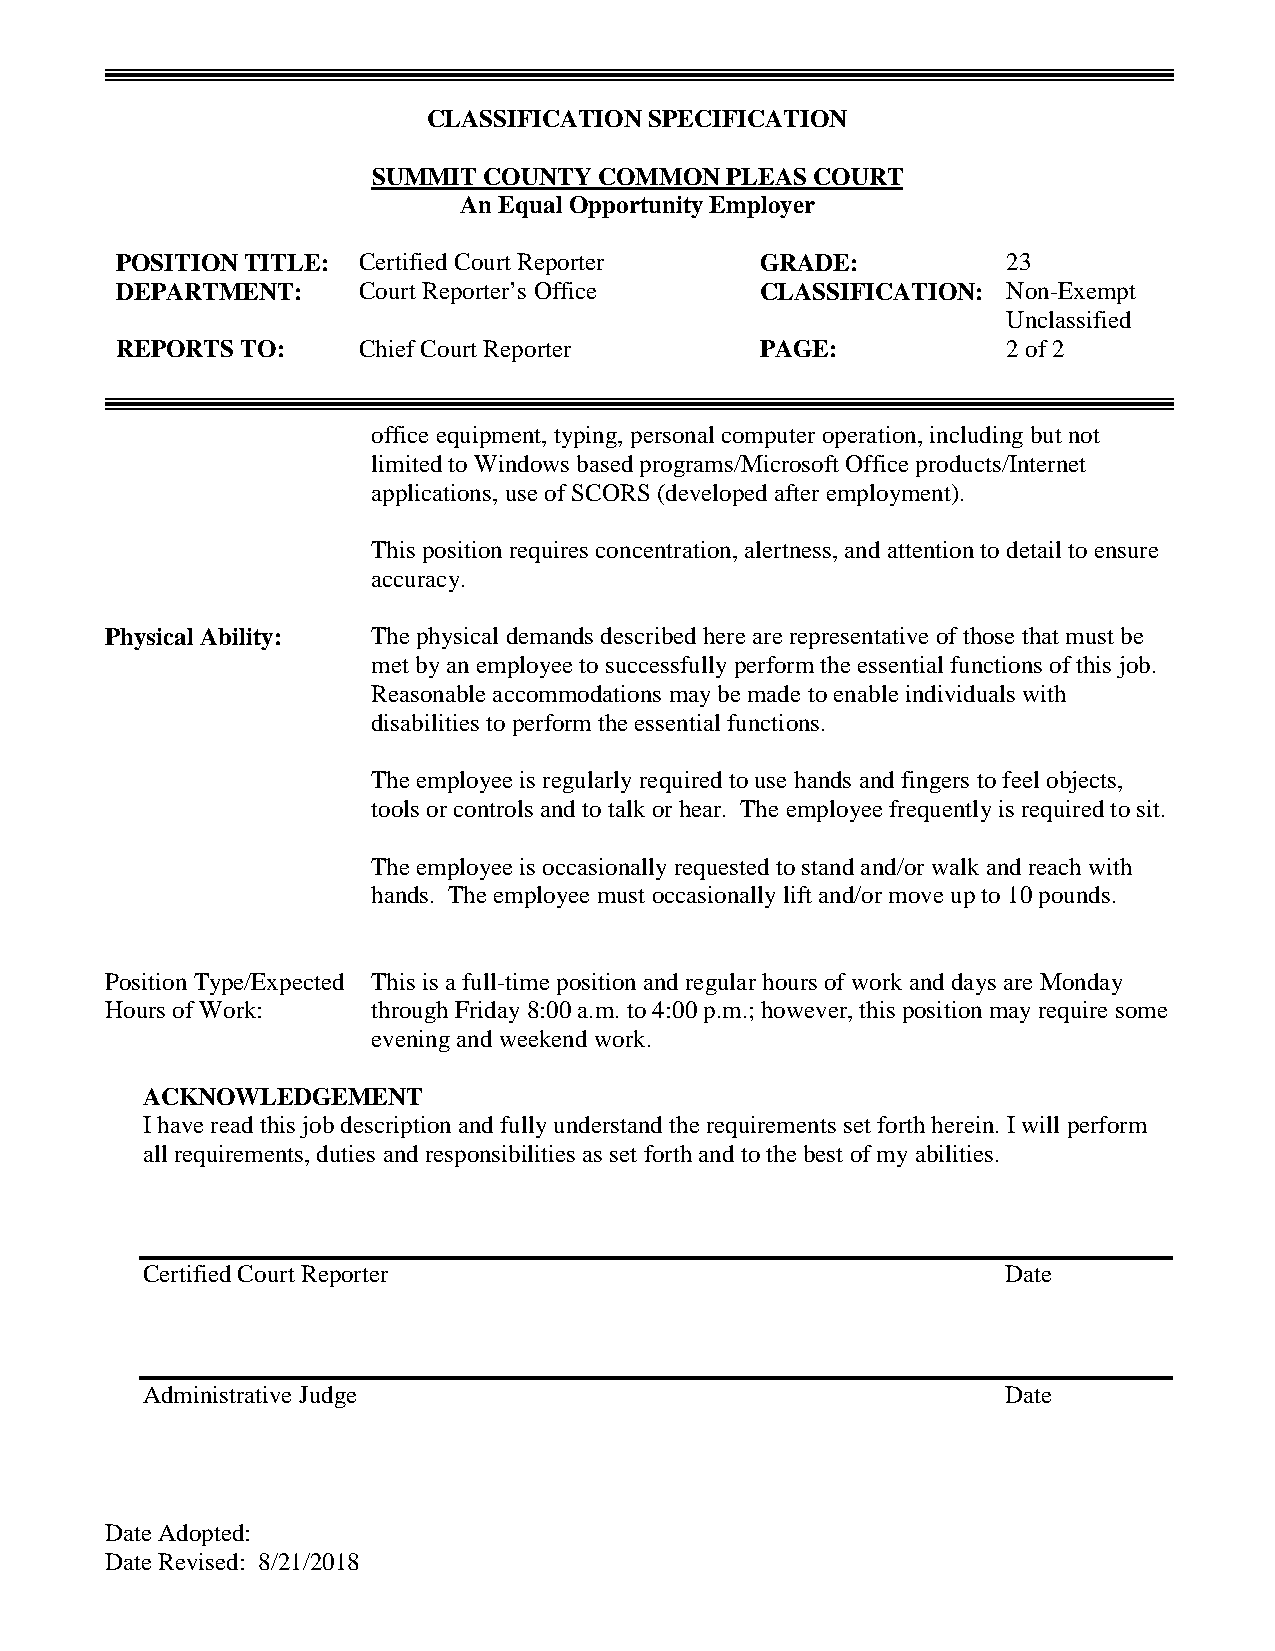
CLASSIFICATION SPECIFICATION
 SUMMIT COUNTY  COMMON  PLEAS COURT
 An Equal Opportunity Employer
 POSITION TITLE: Certified Court Reporter  GRADE:           23
 DEPARTMENT:     Court Reporter’s Office   CLASSIFICATION:  Non-Exempt
 Unclassified
 REPORTS TO:     Chief Court Reporter      PAGE:            2 of 2
 office equipment, typing, personal computer operation, including but not
 limited to Windows based programs/Microsoft Office products/Internet
 applications, use of SCORS (developed after employment).
 This position requires concentration, alertness, and attention to detail to ensure
 accuracy.
 Physical Ability: The physical demands described here are representative of those that must be
 met by an employee to successfully perform the essential functions of this job.
 Reasonable accommodations may be made to enable individuals with
 disabilities to perform the essential functions.
 The employee is regularly required to use hands and fingers to feel objects,
 tools or controls and to talk or hear. The employee frequently is required to sit.
 The employee is occasionally requested to stand and/or walk and reach with
 hands. The employee must occasionally lift and/or move up to 10 pounds.
 Position Type/Expected This is a full-time position and regular hours of work and days are Monday
 Hours of Work:    through Friday 8:00 a.m. to 4:00 p.m.; however, this position may require some
 evening and weekend work.
 ACKNOWLEDGEMENT
 I have read this job description and fully understand the requirements set forth herein. I will perform
 all requirements, duties and responsibilities as set forth and to the best of my abilities.
 Certified Court Reporter                                  Date
 Administrative Judge                                      Date
 Date Adopted:
 Date Revised: 8/21/2018